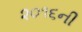
૨૦૧૬ની